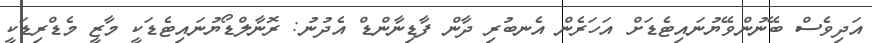
އަދިވެސް ބޭނުންވޭޔުނައިޓެޑަށް އަހަރެން އެނބުރި ދާން ފާޑިނާންޑް އެދުނު: ރޮނާލްޑޯޔުނައިޓެޑަކީ މާޒީ މެޑްރިޑަކީ